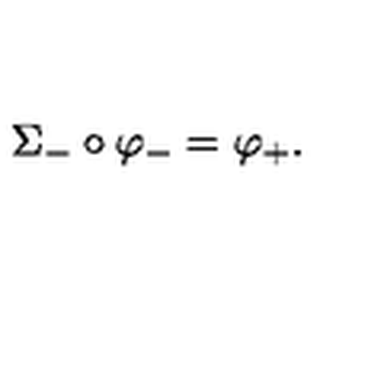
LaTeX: \Sigma _ { - } \circ \varphi _ { - } = \varphi _ { + } .